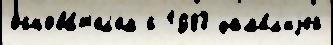
основа́т'ел'ем с 1983 фам'и́л'иjей